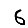
Digit: 6